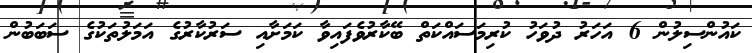
ކައުންސިލުން 6 އަހަރު ދުވަހު ކުރިމަސައްކަތް ބޭކާރުވެފައިވާ ކަމަށާއި ސަރުކާރުގެ އަމަލުތަކުގެ ސަބަބުން